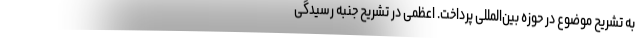
به تشریح موضوع در حوزه بین‌المللی پرداخت. اعظمی در تشریح جنبه رسیدگی